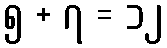
၅ + ၇ = ၁၂